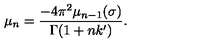
\mu _ { n } = \frac { - 4 \pi ^ { 2 } \mu _ { n - 1 } ( \sigma ) } { \Gamma ( 1 + n k ^ { \prime } ) } .